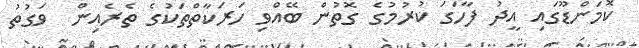
ކޮމަންޑޫގައި އީދު ފާހަގަ ކުރުމުގެ ގޮތުން ބޭއްވި ހަރަކާތްތަކުގެ ތެރެއިން  ވަގުތު